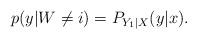
LaTeX: \begin{align*}p(y|W\neq i)= P_{Y_1|X}(y|x). \end{align*}